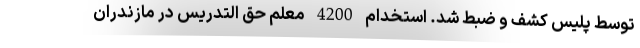
توسط پلیس کشف و ضبط شد. استخدام 4200 معلم حق التدریس در مازندران